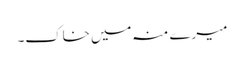
میرے منہ میں خاک۔